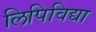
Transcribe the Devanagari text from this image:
लिपिविद्या